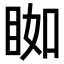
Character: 𥆃